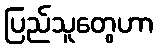
ပြည်သူတွေဟာ